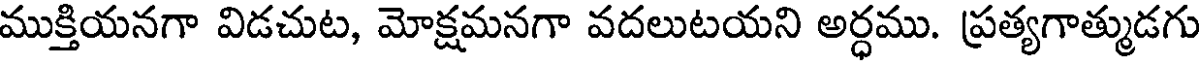
ముక్తియనగా విడచుట, మోక్షమనగా వదలుటయని అర్ధము. ప్రత్యగాత్ముడగు